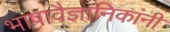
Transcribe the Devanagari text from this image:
भाषावैज्ञानिकांनी